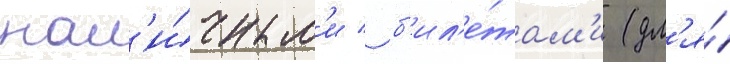
нал'и́чным'и / б'ил'е́там'и (дл'я́